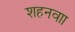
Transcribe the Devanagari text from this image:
शहनवाा